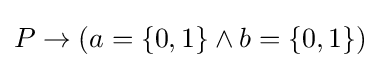
P\to (a=\{0,1\}\land b=\{0,1\})